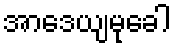
အာဒေယျမုခေါ